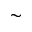
\sim